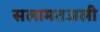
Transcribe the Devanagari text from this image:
सलामतअली